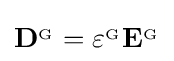
\mathbf {D} ^{_{\mathrm {G} }}=\varepsilon ^{_{\mathrm {G} }}\mathbf {E} ^{_{\mathrm {G} }}